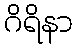
ဂိရိနာ